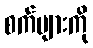
စက်များကို